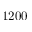
1 2 0 0